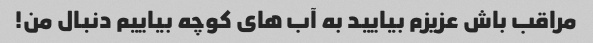
مراقب باش عزیزم بیایید به آب های کوچه بیاییم دنبال من!